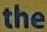
the